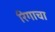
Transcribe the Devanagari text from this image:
रिगाचा